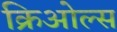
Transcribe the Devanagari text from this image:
क्रिओल्स